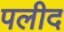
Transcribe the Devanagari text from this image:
पलीद